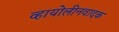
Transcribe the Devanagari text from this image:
व्हायोलीनवादक